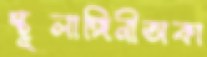
স্থূলাঙ্গিনীঅকা